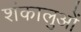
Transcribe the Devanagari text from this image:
शंकालुओं